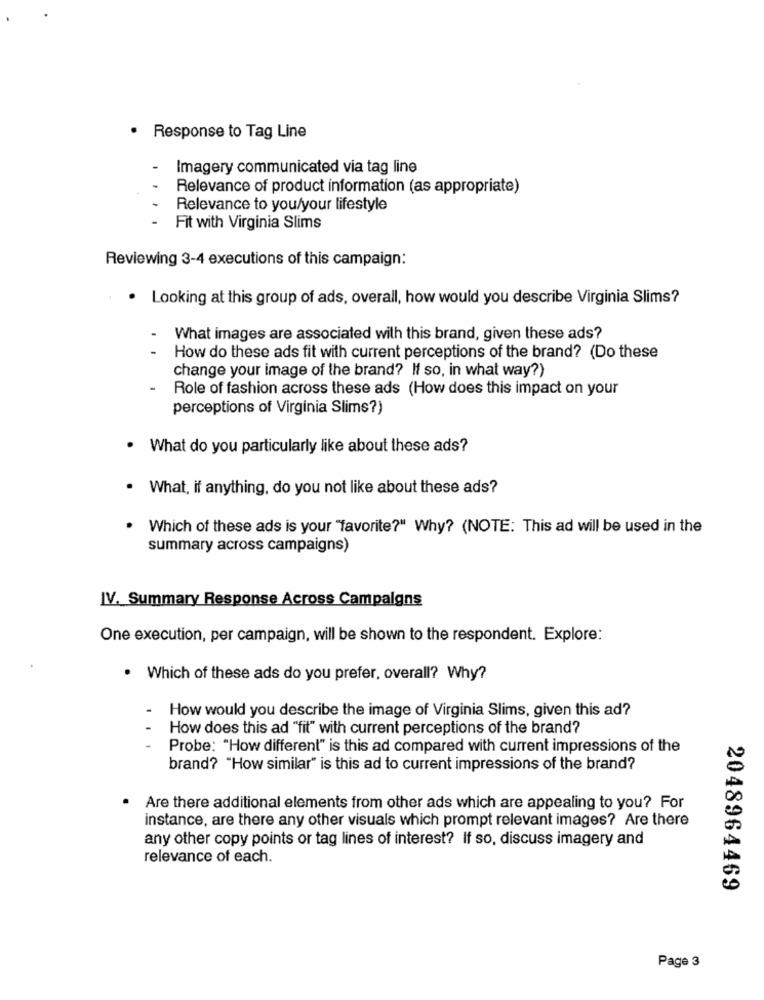
· Response to Tag Line
Imagery communicated via tag line
Relevance of product information (as appropriate)
Relevance to you/your lifestyle
Fit with Virginia Slims
Reviewing 3-4 executions of this campaign:
· Looking at this group of ads, overall, how would you describe Virginia Slims?
What images are associated with this brand, given these ads?
How do these ads fit with current perceptions of the brand? (Do these
change your image of the brand? If so, in what way?)
Role of fashion across these ads (How does this impact on your
perceptions of Virginia Slims?)
What do you particularly like about these ads?
. What, if anything, do you not like about these ads?
. Which of these ads is your "favorite?" Why? (NOTE: This ad will be used in the
summary across campaigns)
IV. Summary Response Across Campaigns
One execution, per campaign, will be shown to the respondent. Explore:
. Which of these ads do you prefer, overall? Why?
How would you describe the image of Virginia Slims, given this ad?
How does this ad "fit" with current perceptions of the brand?
Probe: "How different" is this ad compared with current impressions of the
brand? "How similar" is this ad to current impressions of the brand?
. Are there additional elements from other ads which are appealing to you? For
instance, are there any other visuals which prompt relevant images? Are there
any other copy points or tag lines of interest? If so, discuss imagery and
relevance of each.
2048964469
Page 3